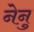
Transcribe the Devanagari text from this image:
नेनु